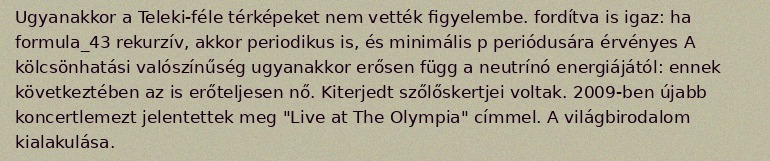
Ugyanakkor a Teleki-féle térképeket nem vették figyelembe. fordítva is igaz: ha formula_43 rekurzív, akkor periodikus is, és minimális p periódusára érvényes A kölcsönhatási valószínűség ugyanakkor erősen függ a neutrínó energiájától: ennek következtében az is erőteljesen nő. Kiterjedt szőlőskertjei voltak. 2009-ben újabb koncertlemezt jelentettek meg "Live at The Olympia" címmel. A világbirodalom kialakulása.